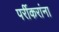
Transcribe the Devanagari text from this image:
पर्रीकरांना